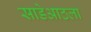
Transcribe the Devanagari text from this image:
साडेआठला